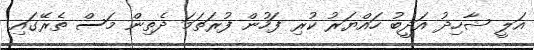
އަލީ ޝާހިދު އަދީބު ހައްޔަރު ކުރި ފަހުން ފުރަތަމަ ދެތިން މަސް ތެރޭގައި